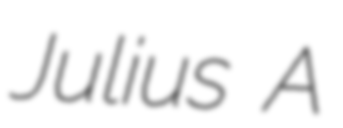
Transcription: Julius A